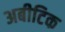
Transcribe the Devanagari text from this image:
अबीटिक